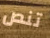
تنص